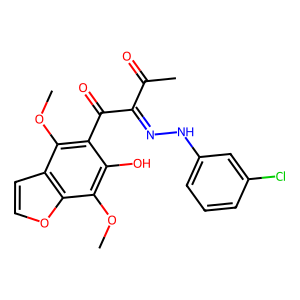
SMILES: COc1c(C(=O)C(=NNc2cccc(Cl)c2)C(C)=O)c(O)c(OC)c2occc12
Inhibits HIV replication: No